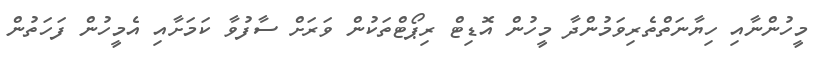
މީހުންނާއި ހިޔާނަތްތެރިވަމުންދާ މީހުން އޮޑިޓް ރިޕޯޓްތަކުން ވަރަށް ސާފުވާ ކަމަށާއި އެމީހުން ފަހަތުން